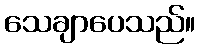
သေချာပေသည်။